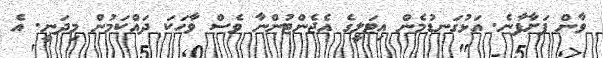
ވާން ފަށާފާނެ. އަޅުގަނޑުމެން އިޓަލީގެ އެޖެންޓުންނާ ވެސް ވާހަކަ ދައްކަމުން މިދަނީ. އެ